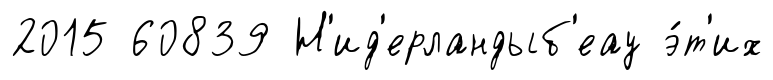
2015 60839 Н'ид'ерландыб'еау э́т'их